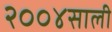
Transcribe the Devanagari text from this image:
२००४साली